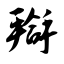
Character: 搿